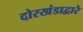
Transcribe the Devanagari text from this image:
दोरखंडाद्वारे